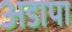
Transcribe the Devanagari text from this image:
अडापा